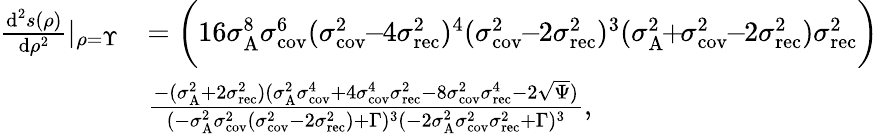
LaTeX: \begin{array}{rl}{\frac{\textrm{d}^{2}s(\rho)}{\textrm{d}\rho^{2}}|_{\rho=\Upsilon}}&{=\bigg(16\sigma_{\textrm{A}}^{8}\sigma_{\textrm{cov}}^{6}(\sigma_{\textrm{cov}}^{2}\! \! -\! \! 4\sigma_{\textrm{rec}}^{2})^{4}(\sigma_{\textrm{cov}}^{2}\! \! -\! \! 2\sigma_{\textrm{rec}}^{2})^{3}(\sigma_{\textrm{A}}^{2}\! \! +\! \! \sigma_{\textrm{cov}}^{2}\! \! -\! \! 2\sigma_{\textrm{rec}}^{2})\sigma_{\textrm{rec}}^{2}\bigg)}\\ &{\frac{-(\sigma_{\textrm{A}}^{2}+2\sigma_{\textrm{rec}}^{2})(\sigma_{\textrm{A}}^{2}\sigma_{\textrm{cov}}^{4}+4\sigma_{\textrm{cov}}^{4}\sigma_{\textrm{rec}}^{2}-8\sigma_{\textrm{cov}}^{2}\sigma_{\textrm{rec}}^{4}-2\sqrt{\Psi})}{(-\sigma_{\textrm{A}}^{2}\sigma_{\textrm{cov}}^{2}(\sigma_{\textrm{cov}}^{2}-2\sigma_{\textrm{rec}}^{2})+\Gamma)^{3}(-2\sigma_{\textrm{A}}^{2}\sigma_{\textrm{cov}}^{2}\sigma_{\textrm{rec}}^{2}+\Gamma)^{3}},}\end{array}